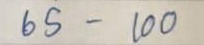
65 - 100